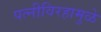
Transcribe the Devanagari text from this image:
पत्‍नीविरहामुळे